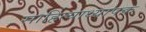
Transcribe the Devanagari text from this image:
साहित्याध्यापक